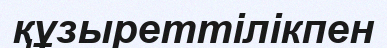
құзыреттілікпен